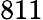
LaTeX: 811